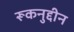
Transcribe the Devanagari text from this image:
रूकनुद्दीन